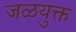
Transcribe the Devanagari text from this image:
जळयुक्त